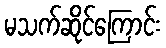
မသက်ဆိုင်ကြောင်း